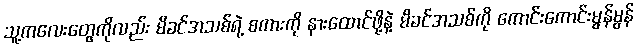
သူ့ကလေးတွေကိုလည်း မိခင်အသစ်ရဲ့ စကားကို နားထောင်ဖို့နဲ့ မိခင်အသစ်ကို ကောင်းကောင်းမွန်မွန်